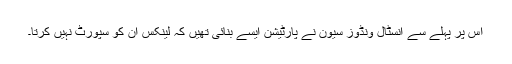
اس پر پہلے سے انسٹال ونڈوز سیون نے پارٹیشن ایسے بنائی تھیں کہ لینکس ان کو سپورٹ نہیں کرتا۔